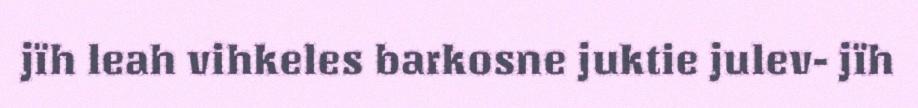
jïh leah vihkeles barkosne juktie julev- jïh